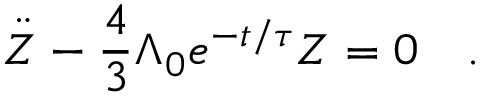
\ddot { Z } - \frac { 4 } { 3 } \Lambda _ { 0 } e ^ { - t / \tau } Z = 0 \quad .